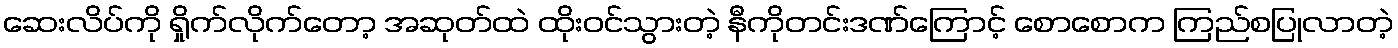
ဆေးလိပ်ကို ရှိုက်လိုက်တော့ အဆုတ်ထဲ ထိုးဝင်သွားတဲ့ နီကိုတင်းဒဏ်ကြောင့် စောစောက ကြည်စပြုလာတဲ့